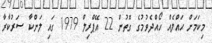
މިކަމަށް ޙައްލެއް ހޯއްދެވުމުގެ ގޮތުން 22 އޭޕްރިލް 1979 ގައި ލަންކާ ސަރުކާރާ